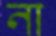
না